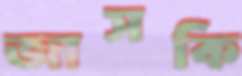
জাসকি